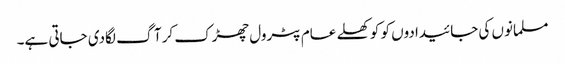
مسلمانوں کی جائیدادوں کو کو کھلے عام پٹرول چھڑک کرآگ لگادی جاتی ہے۔